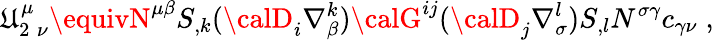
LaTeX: \mathfrak{U}_{2\; \nu}^{\mu}\equivN^{\mu\beta}S_{,k}({\calD}_{i}\nabla_{\beta}^{k}){\calG}^{ij}({\calD}_{j}\nabla_{\sigma}^{l})S_{,l}N^{\sigma\gamma}c_{\gamma\nu}\; ,